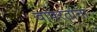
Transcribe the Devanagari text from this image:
वापरतांना